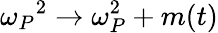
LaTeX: \omega_{P}{^2}\rightarrow\omega_{P}^{2}+m(t)